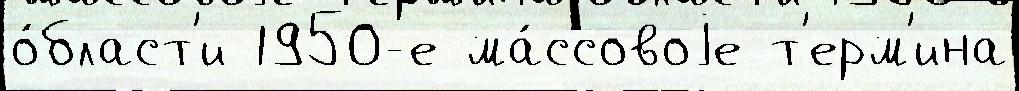
о́бласт'и 1950-е ма́ссовоjе т'ерм'ина